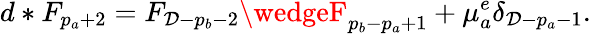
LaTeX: d*F_{p_{a}+2}=F_{\mathcal{D}-p_{b}-2}\wedgeF_{p_{b}-p_{a}+1}+\mu_{a}^{e}\delta_{\mathcal{D}-p_{a}-1}.